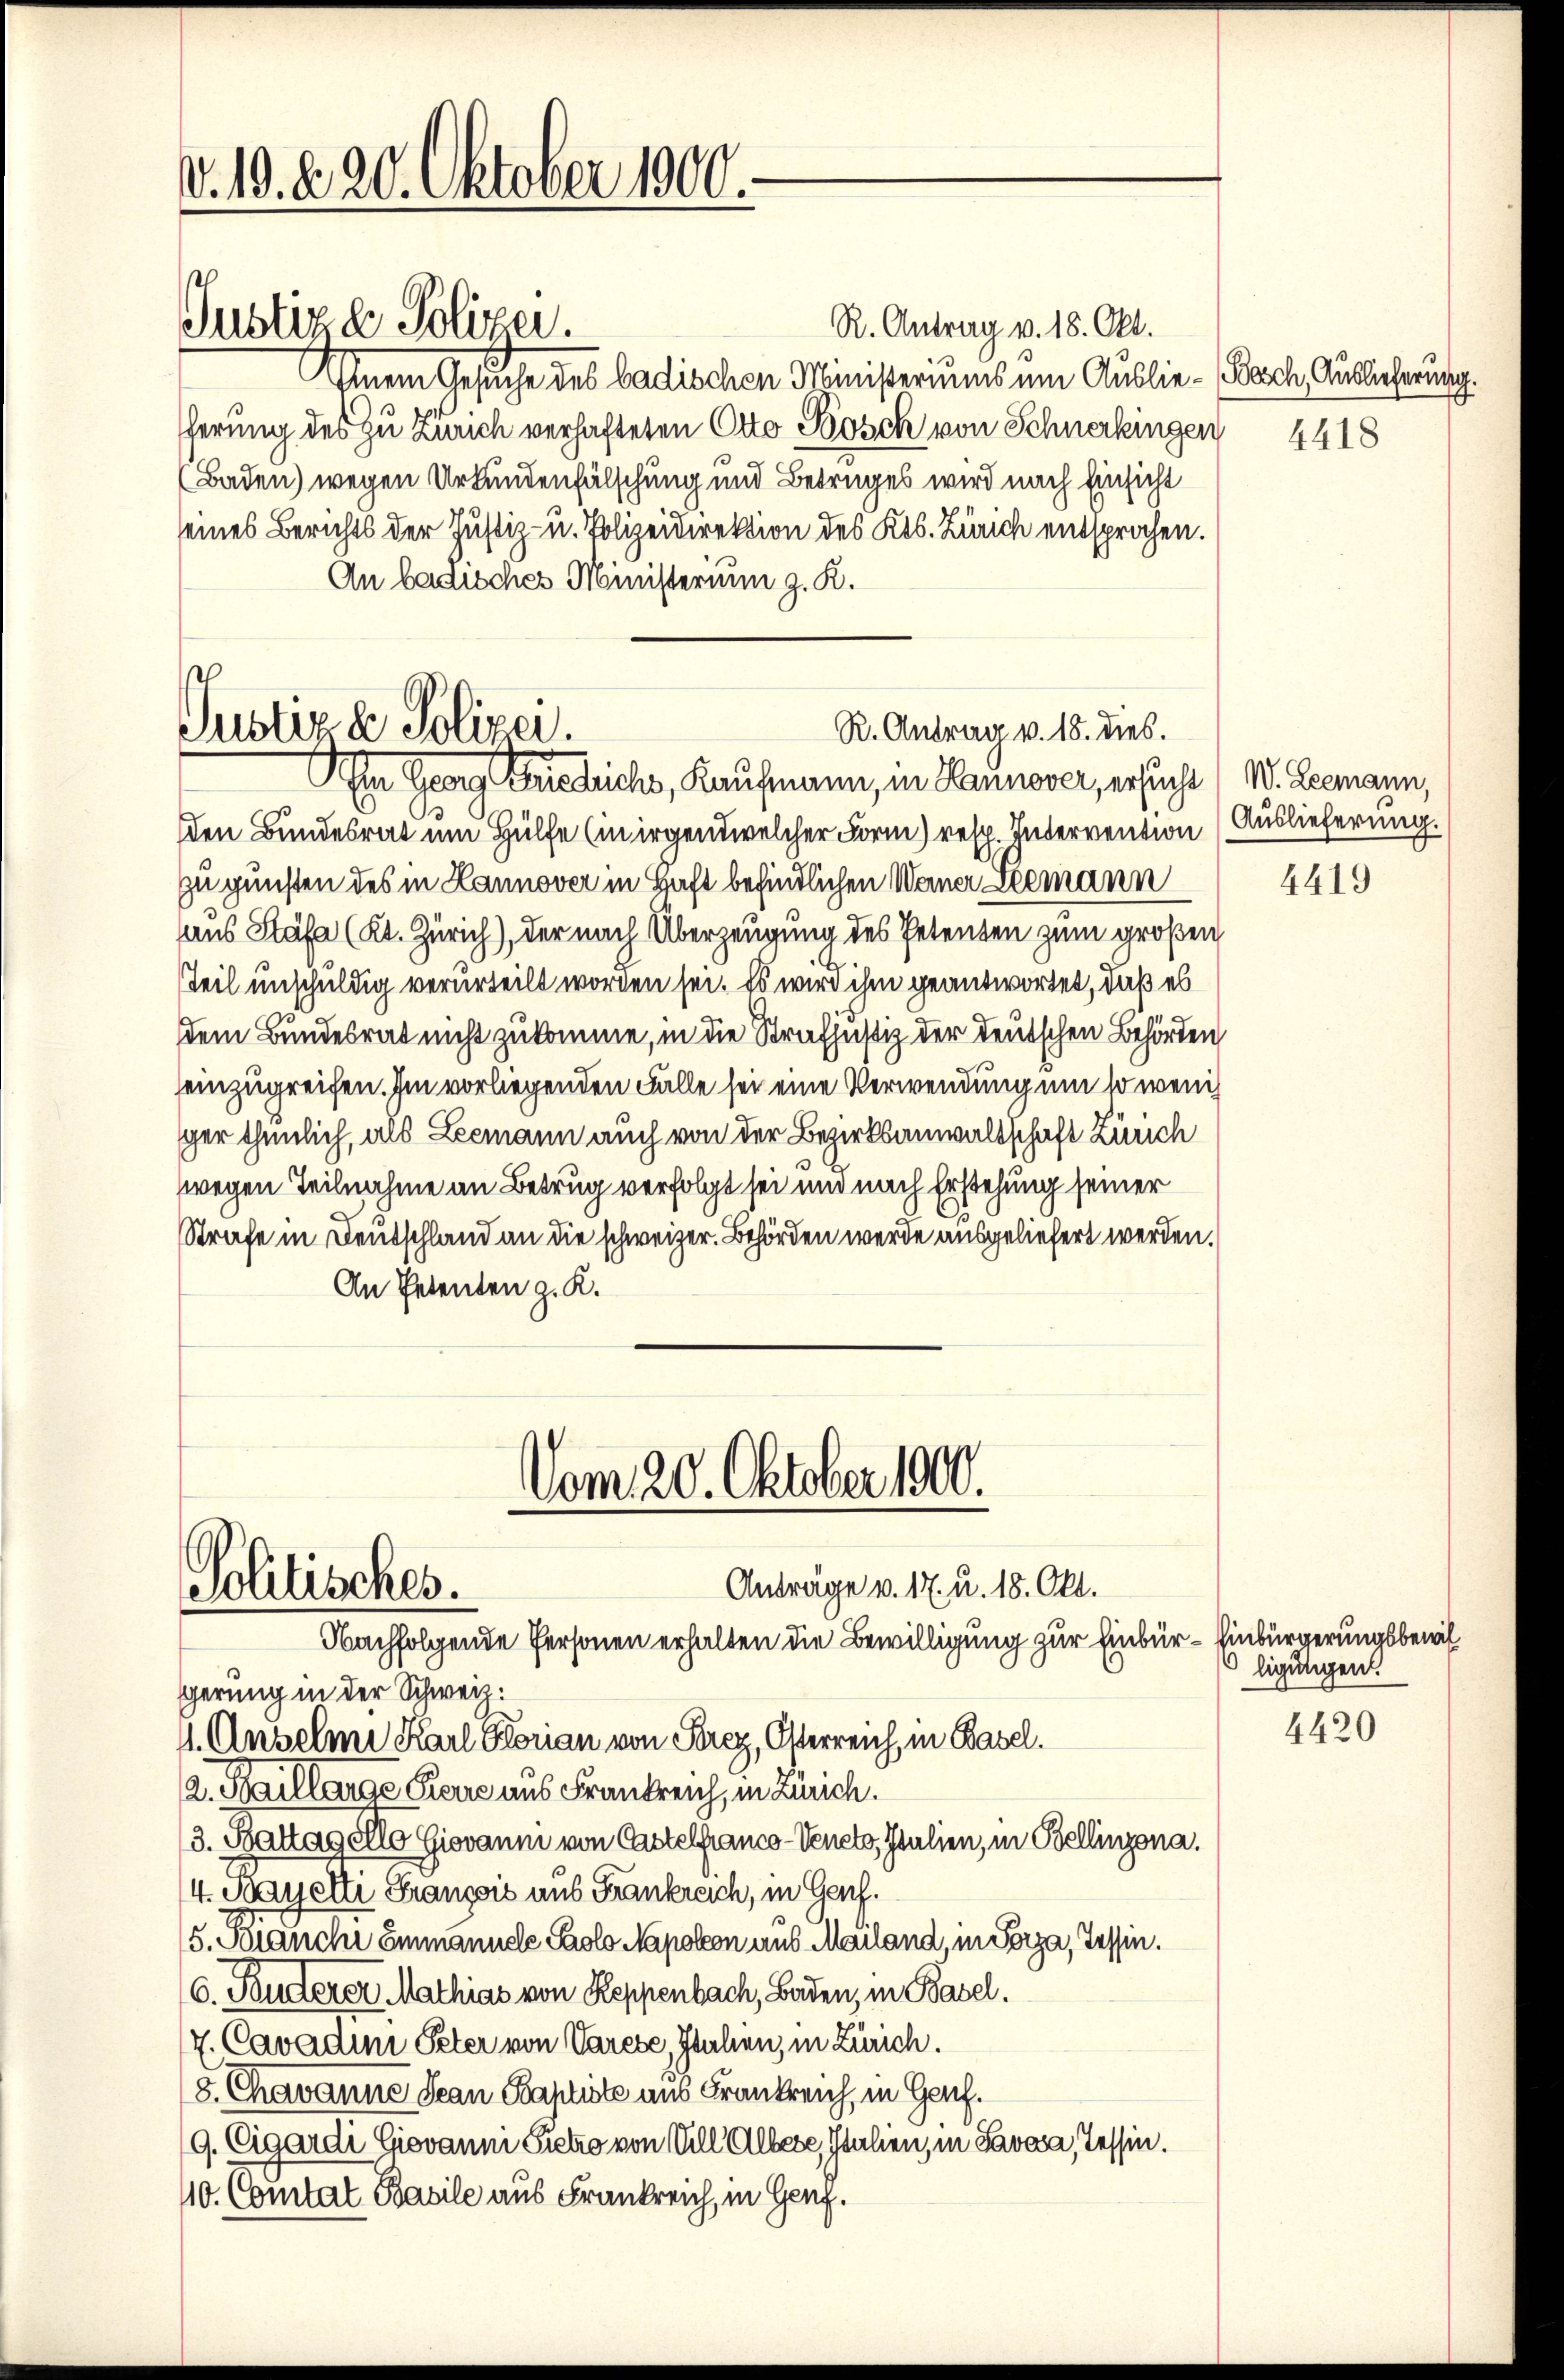
d. 10. d. 20. Oktober 1900.

Justize Polizei.

Justiz & Polizei.
R. Antrag v. 18. dies.
In Georg Friedrichs, Kaufmann, in Hannover, ersucht (W. Leemann,

Vom 20. Oktober 1900.
Anträge v. 17. u. 18. Okt.
Politisches.
Nachfolgende Personen erhalten die Bewilligung zur Einbür- Einbürgerungsbewil¬

R. Antrag v. 18. Okt.
Einem Gesuche des badischen Ministeriums ein Auslie-Bach Auslieferung
herung des zu Zürich verhafteten Otto Posch von Schnerkingen 4418
(Baden) wegen Urkundenfälschung und Betrages wird nach Einsicht
seines Berichts der Justiz- u. Polizeidirektion des Kts. Zürich entsprochen.
An badisches Ministerium z. K.

den Bundesrat um Hülfe (in irgendwelcher Form) resp. Intervention (Auslieferung.
zu gunsten des in Hannover in Haft befindlichen Weiner Leemann
aus Stäfa (Kt. Zürich), der nach Überzeugung des Petenten zum großen
Teil unschuldig verurteilt worden sei. Es wird ihm geantwortet, daß es
dem Bundesrat nicht zukomme, in die Strafhustiz der deutschen Behörden
einzugreifen. Im vorliegenden Falle sei eine Verwendung um so wenig
ger thunlich, als Leemann auch von der Bezirksanwaltschaft Zürich
wegen Teilnahme an Betrug verfolgt sei und nach Erstehung seiner
Strafe in Deutschland an die schweizer. Behörden werde ausgeliefert werden.
An Petenten z. K.

gerung in der Schweiz.
1. Anselmi Karl Florian von Porez, Österreich, in Basel.
2. Saillarge Pierre aus Frankreich, in Zürich.
3. Battagello Giovanni von Castelfranco-Veneto, Italien, in Bellinzona.
4. Mayetti Franzois aus Frankreich, in Genf.
5. Bianche Einmannele Paolo Napoleon aus Mailand, in Porza, Tessin.
6. Fuderer Mathias von Reppenbach, Baden, in Basel.
7. Cavadini Peter von Varese, Italien, in Zürich.
8. Chavanne Jean Kaptiste aus Frankreich, in Genf.
9. Cigardi Giovanni Sietro von Vill Albere, Italien, in Savoa, Tessin.
10. Comtat Basile aus Frankreich, in Genf.

ligungen.

4419

4420